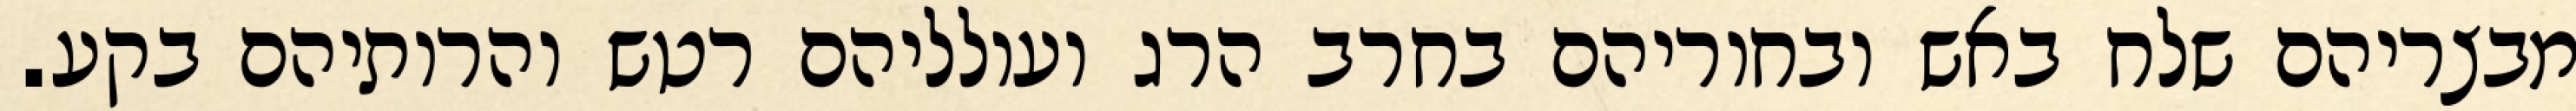
מבצריהם שלח באש ובחוריהם בחרב הרג ועולליהם רטש והרותיהם בקע.